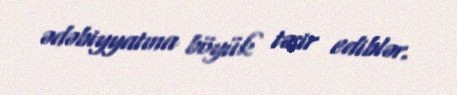
ədəbiyyatına böyük təsir ediblər.